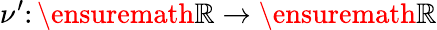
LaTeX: \nu^{\prime}\colon\ensuremath{\mathbb{R}}\to\ensuremath{\mathbb{R}}